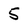
Character: 5